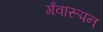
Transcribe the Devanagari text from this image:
गँवारूपन